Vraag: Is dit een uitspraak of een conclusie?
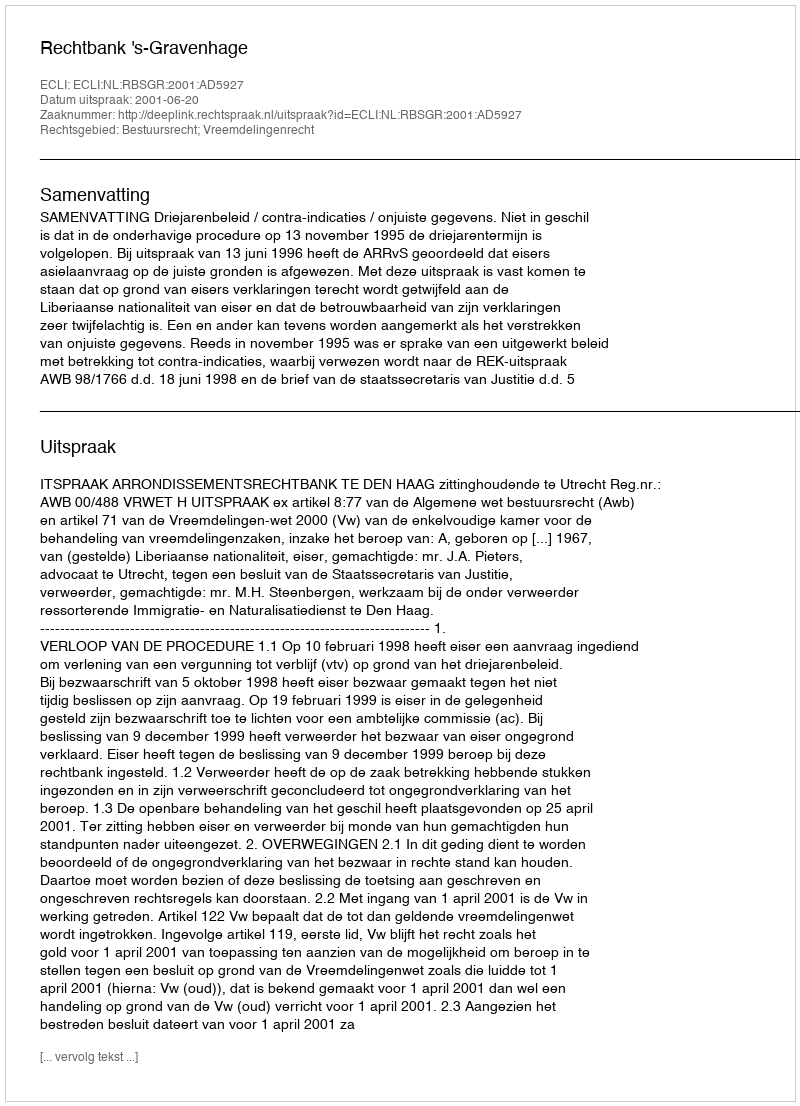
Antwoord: Uitspraak